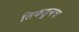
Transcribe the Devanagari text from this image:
तिकडूनच